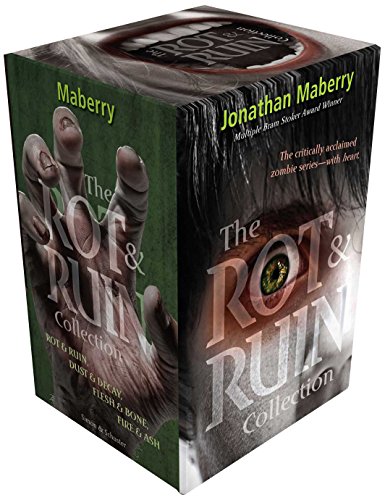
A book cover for The Rot & Ruin Collection: Rot & Ruin; Dust & Decay; Flesh & Bone; Fire & Ash; Jonathan Maberry; Teen & Young Adult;